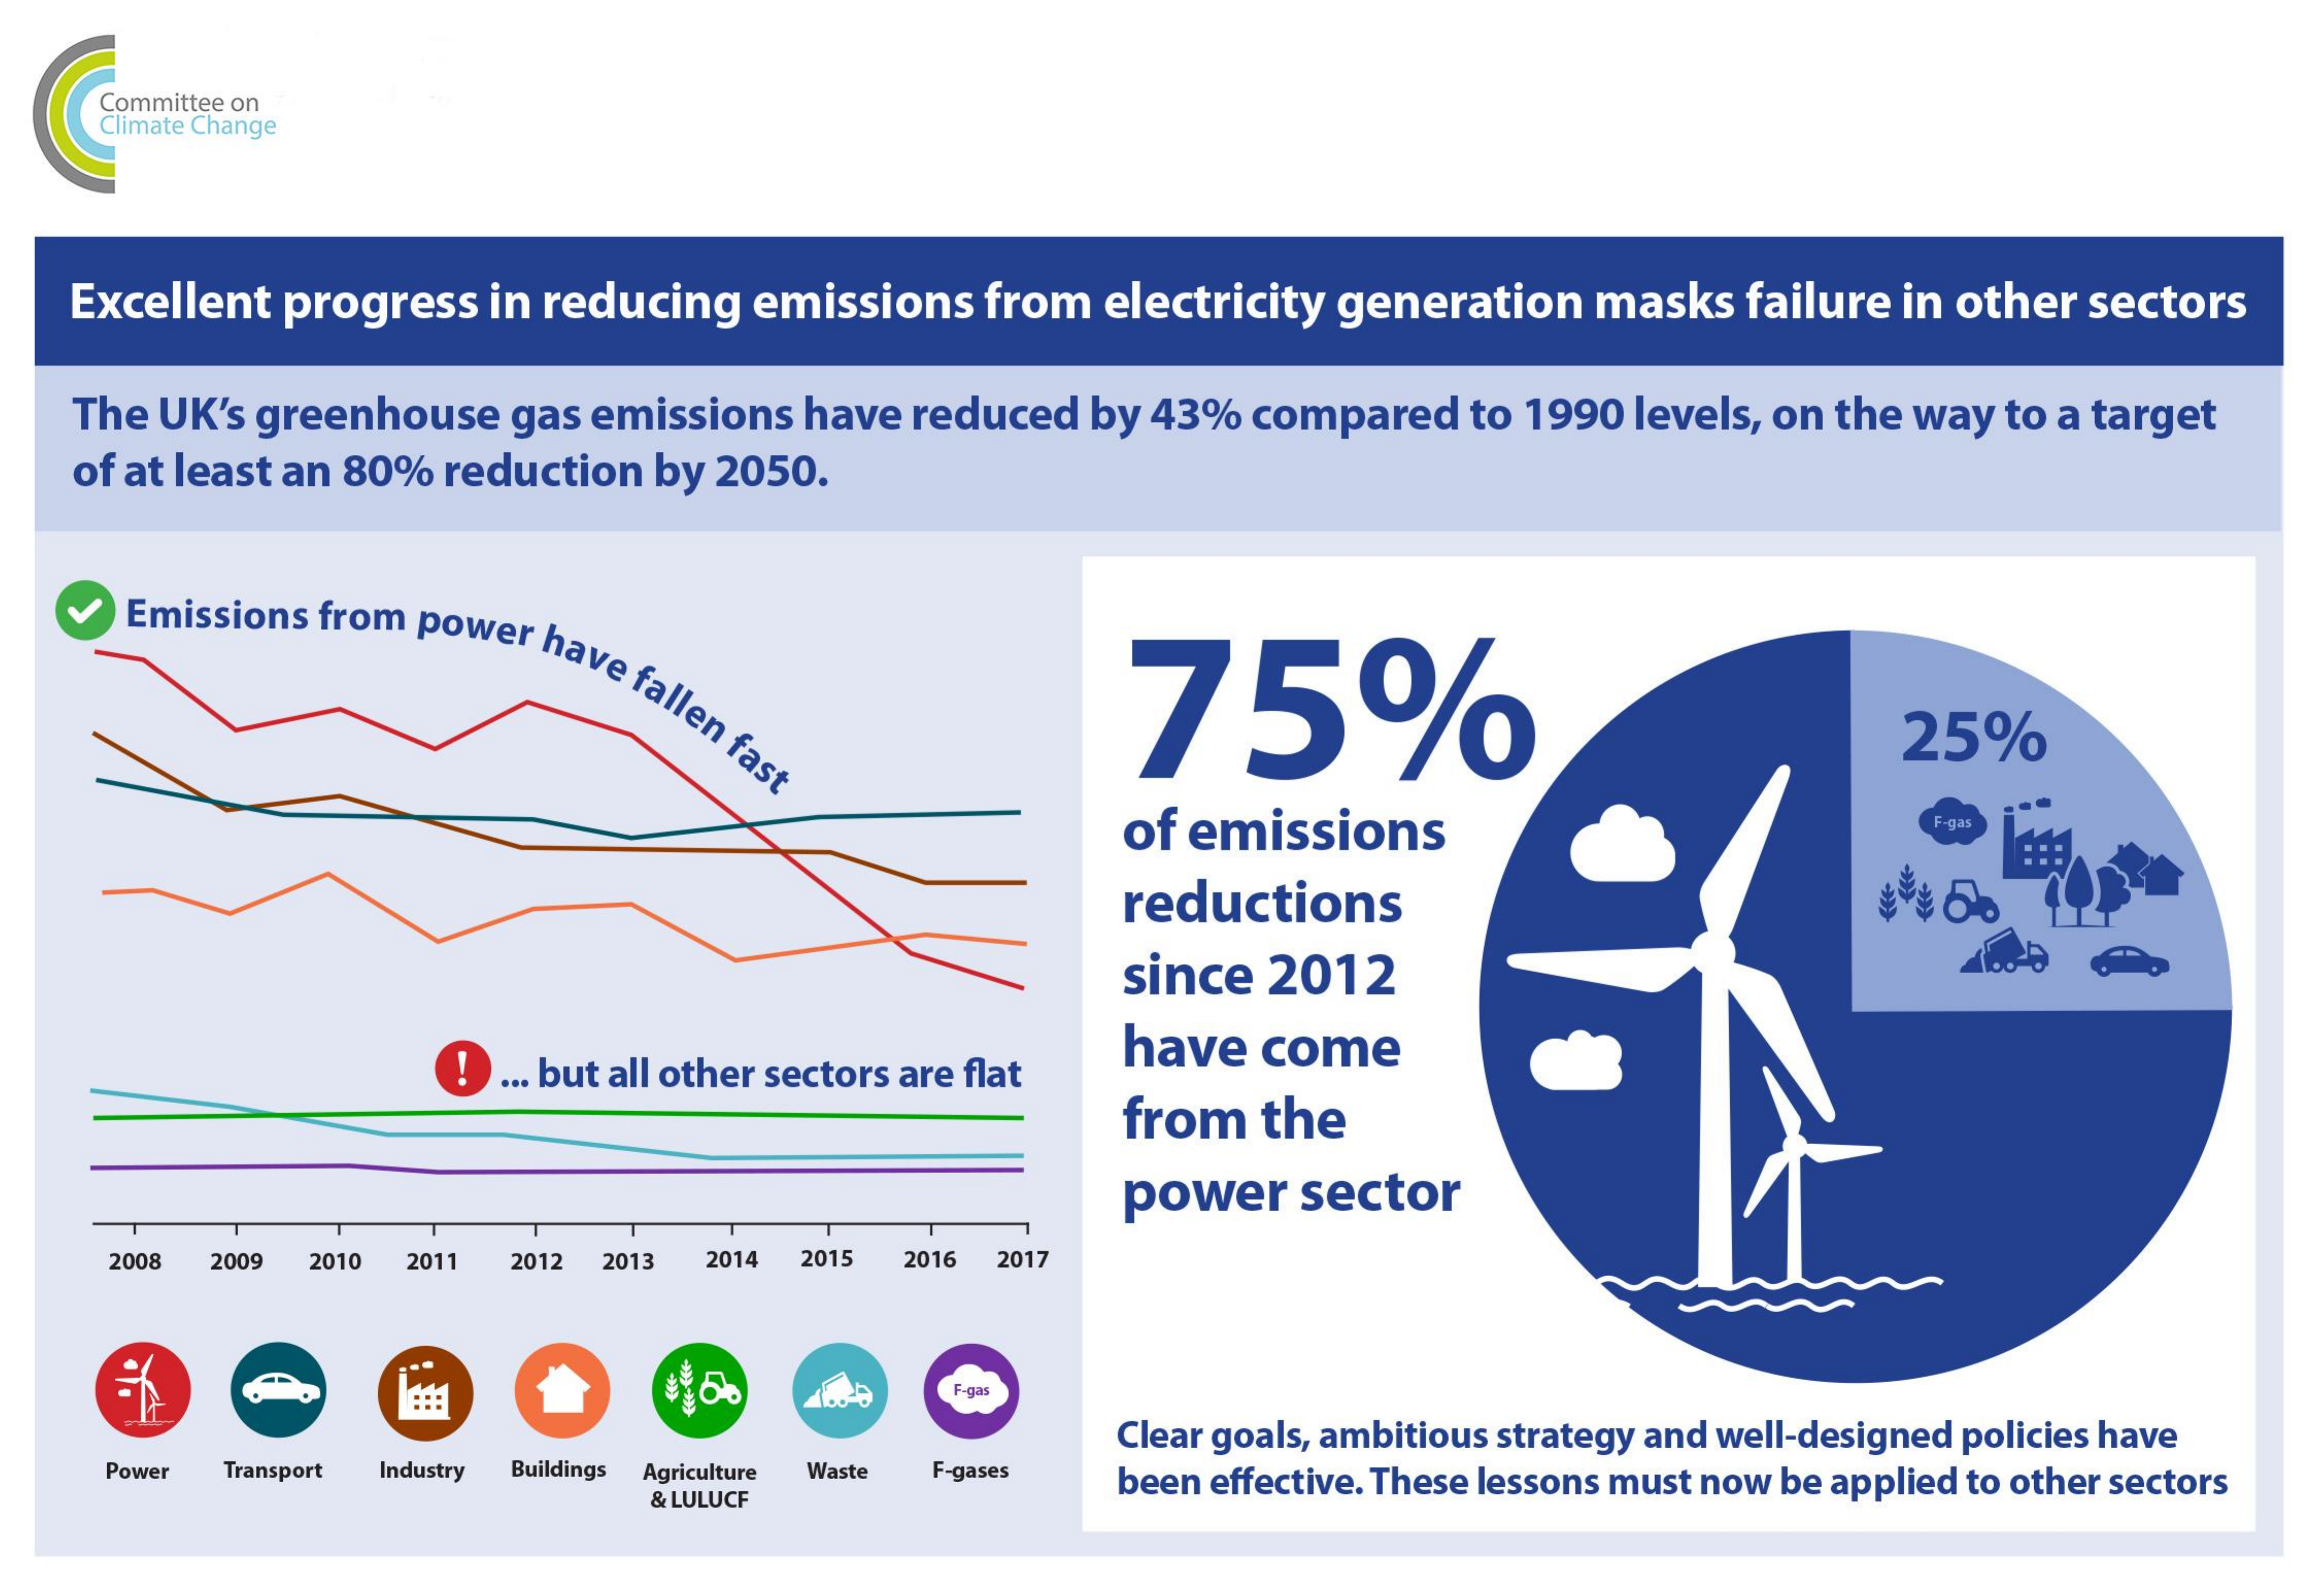
Committee on
     Climate Change
    Excellent  progress  in reducing   emissions   from  electricity generation    masks  failure  in other sectors
    The UK's greenhouse   gas  emissions  have reduced   by 43%  compared   to 1990  levels, on the way to a target
    of at least an 80% reduction  by 2050.
     Emissions from power have
     fallen
     fast
     75%    25%
     of  emissions    F-gas
     reductions
     since   2012
     !  ... but all other sectors are flat
     have   come
     from   the
     power    sector
     2008 2009 2010 2011  2012 2013 2014 2015 2016 2017
     F-gas
     Clear goals, ambitious strategy and well-designed policies have
     Power Transport Industry Buildings Agriculture Waste F-gases been effective. These lessons must now be applied to other sectors
     & LULUCF